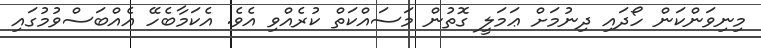
މިނިވަންކަން ހޯދައި ދިނުމަށް ޢަމަލީ ގޮތުން މަސައްކަތް ކުރެއްވި އެވެ. އެކަމާބެހޭ އެއްބަސްވުމުގައި